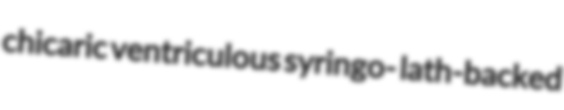
chicaric ventriculous syringo- lath-backed